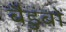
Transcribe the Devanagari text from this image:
बैडुंबों